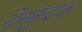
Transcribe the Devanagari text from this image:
नेस्कुइक